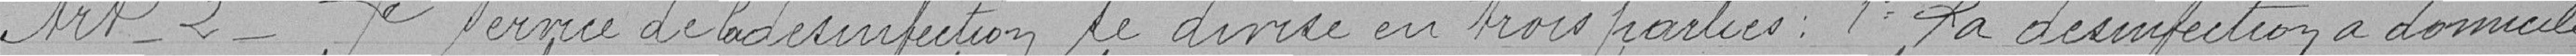
Article 2 - Le service de la désinfection se divise en trois parties : 1e la désinfection à domicile